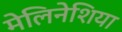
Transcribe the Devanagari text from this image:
मेलिनेशिया